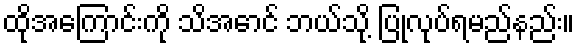
ထိုအကြောင်းကို သိအောင် ဘယ်သို့ ပြုလုပ်ရမည်နည်း။